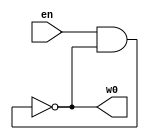
// Critical path = period/2 = 76 ns
module oscillator(en, w0);
   parameter N = 137; // # of not gates
   input en;
   output w0;
   wire   [N:0] w;
   and #(3) and_0(w[N], en, w[0]);
   genvar i;
   generate
      for (i = N-1; i >= 0; i = i-1) begin : gen_not_gates
         not #(1) not_i(/**/w[i], /**/w[i+1]);
      end
   endgenerate
   buf buf_0(w0, w[0]);
endmodule